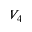
V _ { 4 }